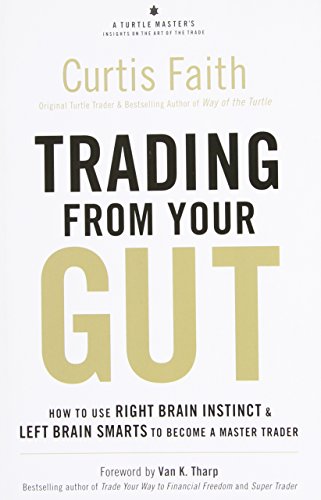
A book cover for Trading from Your Gut: How to Use Right Brain Instinct & Left Brain Smarts to Become a Master Trader; Curtis Faith; Business & Money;